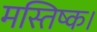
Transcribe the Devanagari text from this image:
मस्तिष्क।